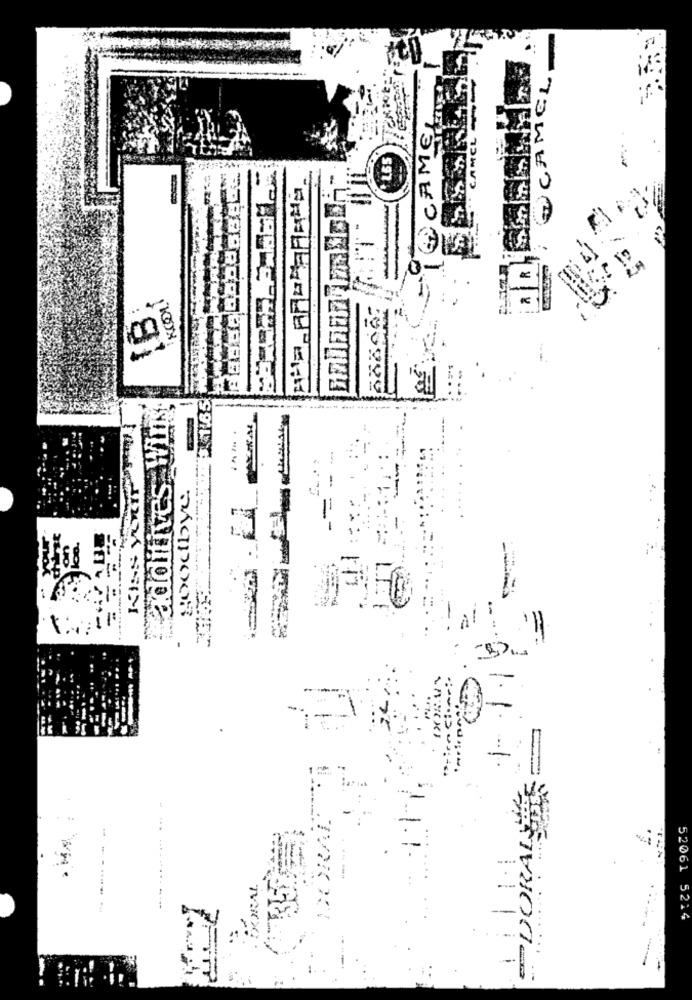
CAMEL
CAMCL
597.
TOWEJG
1B
1.65 M
Wins
-
additives
-
.....
goodbye
- -
=
=
JACK SSC-I
L.I.(
E DORAL
52061 5214